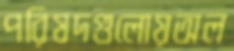
পরিষদগুলোয়অল